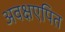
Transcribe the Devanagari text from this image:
अवक्षएपित